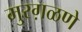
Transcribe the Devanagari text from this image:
मुरग़ळणे